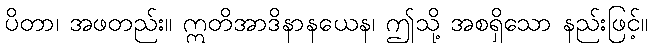
ပိတာ၊ အဖတည်း။ ဣတိအာဒိနာနယေန၊ ဤသို့ အစရှိသော နည်းဖြင့်။